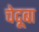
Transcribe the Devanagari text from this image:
चेदूबा